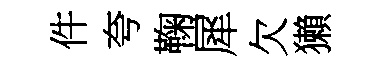
件夸鞠犀欠獺